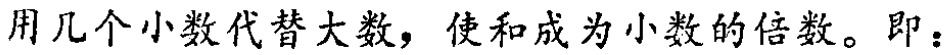
用几个小数代替大数，使和成为小数的倍数。即：